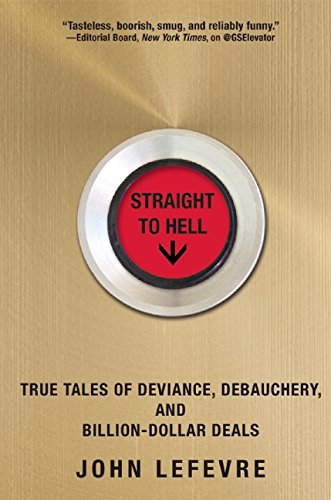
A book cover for Straight to Hell: True Tales of Deviance, Debauchery, and Billion-Dollar Deals; John LeFevre; Humor & Entertainment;